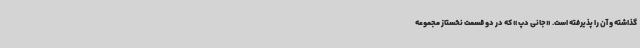
گذاشته و آن را پذیرفته است. «جانی دپ» که در دو قسمت نخستاز مجموعه